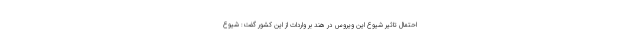
احتمال تاثیر شیوع این ویروس در هند بر واردات از این کشور گفت: شیوع